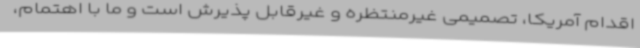
اقدام آمریکا، تصمیمی غیرمنتظره و غیرقابل پذیرش است و ما با اهتمام،